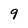
Character: 9